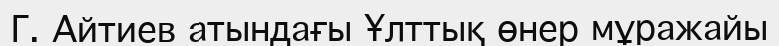
Г. Айтиев атындағы Ұлттық өнер мұражайы